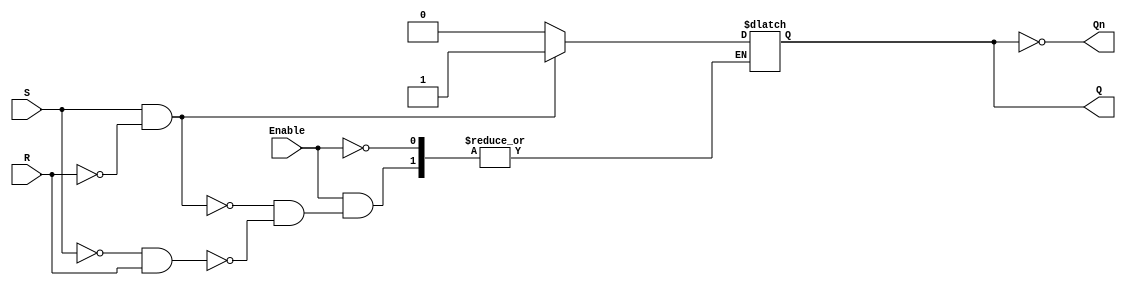
module gated_sr_latch (
    input wire S,      // Set input
    input wire R,      // Reset input
    input wire Enable, // Enable input
    output reg Q,      // Output Q
    output wire Qn     // Complement of Q
);

    // Qn is the complement of Q
    assign Qn = ~Q;

    always @(Enable, S, R) begin
        if (Enable) begin
            if (S && !R) begin
                Q <= 1'b1; // Set the latch
            end else if (!S && R) begin
                Q <= 1'b0; // Reset the latch
            end // if both S and R are 0, maintain previous state
            // If S and R are both 1, it is an indeterminate state we avoid
        end
        // When Enable is low, do nothing; Q retains its state
    end

endmodule